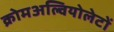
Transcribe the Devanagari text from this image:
क्रोमअल्वियोलेटों